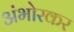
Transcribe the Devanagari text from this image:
अंभोरकर